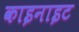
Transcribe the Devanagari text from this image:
काइनाइट